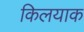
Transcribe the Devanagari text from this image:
किलयाक